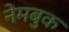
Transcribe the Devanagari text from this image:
नेमबुक